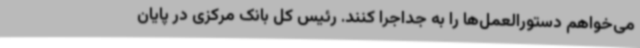
می‌خواهم دستورالعمل‌ها را به جداجرا کنند. رئیس کل بانک مرکزی در پایان